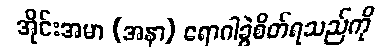
အိုင်းအမာ (အနာ) ရောဂါခွဲစိတ်ရသည်ကို